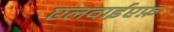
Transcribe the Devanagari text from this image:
एलवाईएफ़